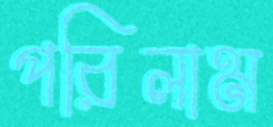
পরিলাম